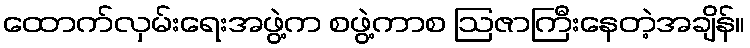
ထောက်လှမ်းရေးအဖွဲ့က စဖွဲ့ကာစ ဩဇာကြီးနေတဲ့အချိန်။